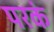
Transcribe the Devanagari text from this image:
परकं